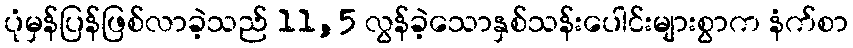
ပုံမှန်ပြန်ဖြစ်လာခဲ့သည် 11,5 လွန်ခဲ့သောနှစ်သန်းပေါင်းများစွာက နံက်စာ